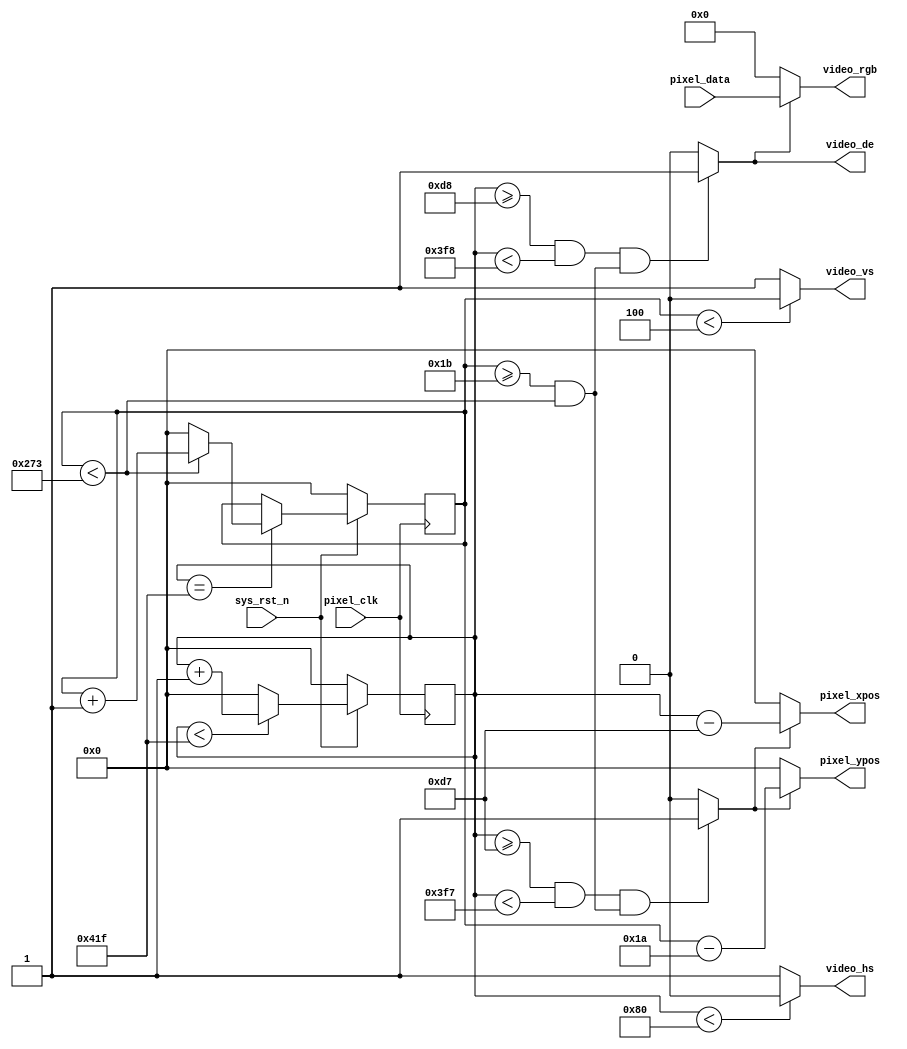
module HDMI_drive(
	input           pixel_clk,
   input           sys_rst_n,
   
   //RGB
   output          video_hs,     //
   output          video_vs,     //
   output          video_de,     //
   output  [23:0]  video_rgb,    //RGB888
   
   input   [23:0]  pixel_data,   //
   output  [10:0]  pixel_xpos,   //
   output  [10:0]  pixel_ypos    //
);

//parameter define

//640*480 
parameter  H_SYNC   =  11'd128;  //
parameter  H_BACK   =  11'd88;  //
parameter  H_DISP   =  11'd800; //
parameter  H_FRONT  =  11'd40;  //
parameter  H_TOTAL  =  11'd1056; //

parameter  V_SYNC   =  11'd4;    //
parameter  V_BACK   =  11'd23;   //
parameter  V_DISP   =  11'd600;  //
parameter  V_FRONT  =  11'd1;   //
parameter  V_TOTAL  =  11'd628;  //

//reg define
reg  [10:0] cnt_h;
reg  [10:0] cnt_v;

//wire define
wire       video_en;
wire       data_req;

//*****************************************************
//**                    main code
//*****************************************************

assign video_de  = video_en;

assign video_hs  = ( cnt_h < H_SYNC ) ? 1'b0 : 1'b1;  //
assign video_vs  = ( cnt_v < V_SYNC ) ? 1'b0 : 1'b1;  //

//RGB
assign video_en  = (((cnt_h >= H_SYNC+H_BACK) && (cnt_h < H_SYNC+H_BACK+H_DISP))
                 &&((cnt_v >= V_SYNC+V_BACK) && (cnt_v < V_SYNC+V_BACK+V_DISP)))
                 ?  1'b1 : 1'b0;

//RGB888
assign video_rgb = video_en ? pixel_data : 24'd0;

//
assign data_req = (((cnt_h >= H_SYNC+H_BACK-1'b1) && 
                    (cnt_h < H_SYNC+H_BACK+H_DISP-1'b1))
                  && ((cnt_v >= V_SYNC+V_BACK) && (cnt_v < V_SYNC+V_BACK+V_DISP)))
                  ?  1'b1 : 1'b0;

//
assign pixel_xpos = data_req ? (cnt_h - (H_SYNC + H_BACK - 1'b1)) : 11'd0;
assign pixel_ypos = data_req ? (cnt_v - (V_SYNC + V_BACK - 1'b1)) : 11'd0;

//
always @(posedge pixel_clk ) begin
    if (!sys_rst_n)
        cnt_h <= 11'd0;
    else begin
        if(cnt_h < H_TOTAL - 1'b1)
            cnt_h <= cnt_h + 1'b1;
        else 
            cnt_h <= 11'd0;
    end
end

//
always @(posedge pixel_clk ) begin
    if (!sys_rst_n)
        cnt_v <= 11'd0;
    else if(cnt_h == H_TOTAL - 1'b1) begin
        if(cnt_v < V_TOTAL - 1'b1)
            cnt_v <= cnt_v + 1'b1;
        else 
            cnt_v <= 11'd0;
    end
end

endmodule